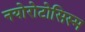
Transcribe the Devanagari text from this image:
नयोरोटोसिस्म